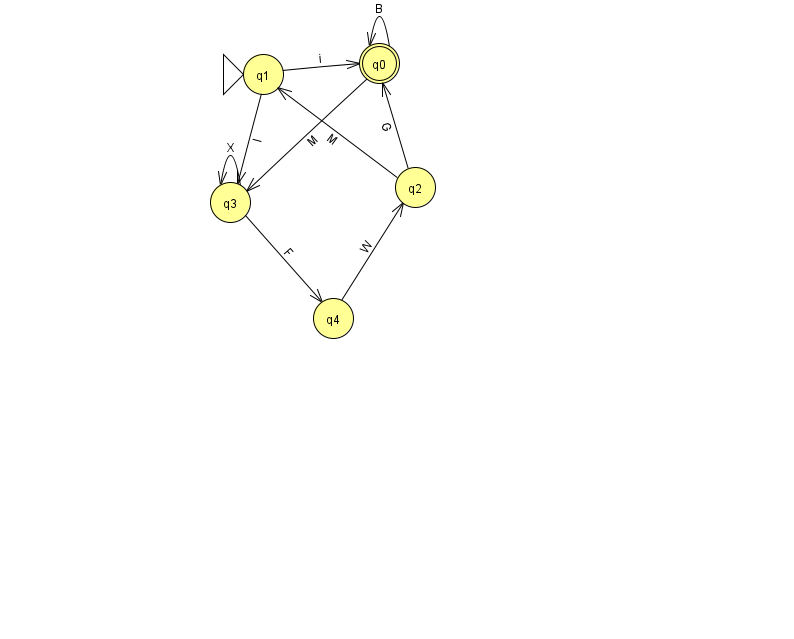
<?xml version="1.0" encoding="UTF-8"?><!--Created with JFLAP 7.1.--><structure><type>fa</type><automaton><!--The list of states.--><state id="0" name="q0"><x>379.0</x><y>50.0</y><final/></state><state id="1" name="q1"><x>263.0</x><y>61.0</y><initial/></state><state id="2" name="q2"><x>415.0</x><y>174.0</y></state><state id="3" name="q3"><x>230.0</x><y>189.0</y></state><state id="4" name="q4"><x>333.0</x><y>305.0</y></state><!--The list of transitions.--><transition><from>1</from><to>3</to><read>I</read></transition><transition><from>2</from><to>0</to><read>G</read></transition><transition><from>0</from><to>0</to><read>B</read></transition><transition><from>1</from><to>0</to><read>i</read></transition><transition><from>2</from><to>1</to><read>M</read></transition><transition><from>3</from><to>3</to><read>X</read></transition><transition><from>0</from><to>3</to><read>M</read></transition><transition><from>3</from><to>4</to><read>F</read></transition><transition><from>4</from><to>2</to><read>W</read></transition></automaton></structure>